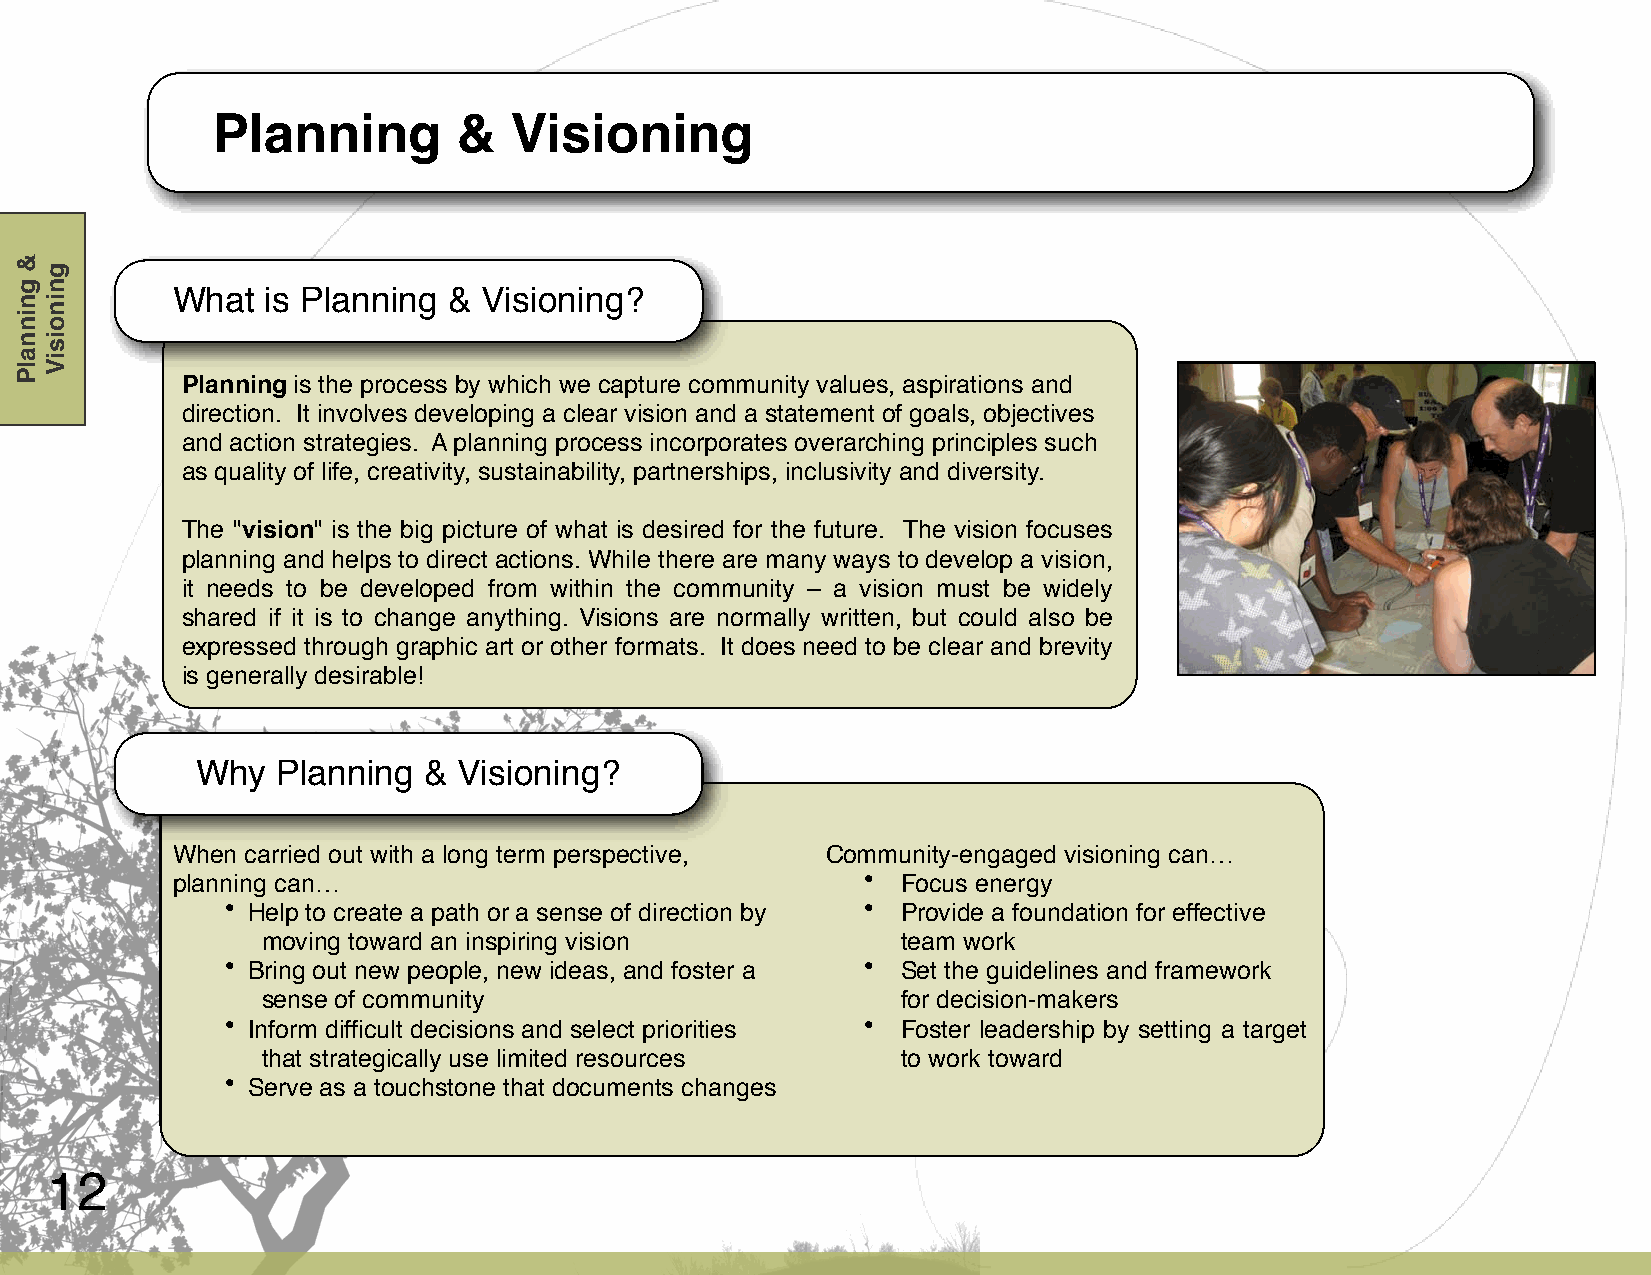
Planning        &   Visioning
 What   is Planning & Visioning?
 Planning is the process by which we capture community values, aspirations and
 direction. It involves developing a clear vision and a statement of goals, objectives
 and action strategies. A planning process incorporates overarching principles such
 as quality of life, creativity, sustainability, partnerships, inclusivity and diversity.
 The "vision" is the big picture of what is desired for the future. The vision focuses
 planning and helps to direct actions. While there are many ways to develop a vision,
 it needs to be developed from within the community – a vision must be widely
 shared if it is to change anything. Visions are normally written, but could also be
 expressed through graphic art or other formats. It does need to be clear and brevity
 is generally desirable!
 Why  Planning  & Visioning?
 When carried out with a long term perspective, Community-engaged visioning can…
 planning can…                                 •  Focus energy
 • Help to create a path or a sense of direction by • Provide a foundation for effective
 moving toward an inspiring vision          team work
 • Bring out new people, new ideas, and foster a • Set the guidelines and framework
 sense of community                         for decision-makers
 • Inform difficult decisions and select priorities • Foster leadership by setting a target
 that strategically use limited resources   to work toward
 • Serve as a touchstone that documents changes
 12
 &
 gninnalP
 gninoisiV